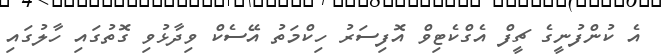
އެ ކުންފުނީގެ ޗީފް އެގްކެޓިވް އޮފިސަރު ހިކްމަތު އޭސެކް ވިދާޅުވި ގޮތުގައި ހާލުގައި